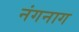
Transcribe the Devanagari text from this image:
नंगनाग